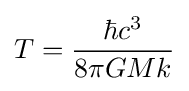
T={\frac {\hbar c^{3}}{8\pi GMk}}